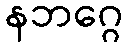
နဘဂ္ဂေ